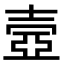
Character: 壼